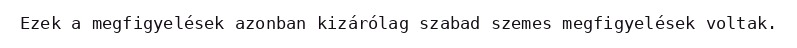
Ezek a megfigyelések azonban kizárólag szabad szemes megfigyelések voltak.